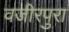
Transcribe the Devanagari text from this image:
वजीरपुरा